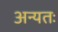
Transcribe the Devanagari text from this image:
अन्यतः